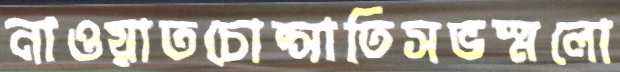
নাওয়াতচোপ্‌সাতিসভস্মলো